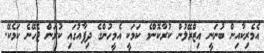
އެމެރިކާއިން ބުނަނީ އިޒްރޭލުން ކުރާކޮންމެ ކަމަކީ އެމީހުންގެ ދިފާއުގައި ކުރަން ޖެހޭނެ ކަމެކޭ.